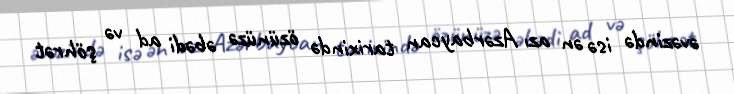
əvəzində isə ən azı Azərbaycan tarixində özünüzə əbədi ad və şöhrət